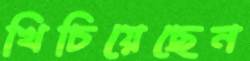
খিচিয়েছেন